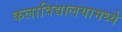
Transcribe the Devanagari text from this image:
कलाविद्यालयामध्ये